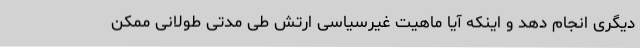
دیگری انجام دهد و اینکه آیا ماهیت غیرسیاسی ارتش طی مدتی طولانی ممکن